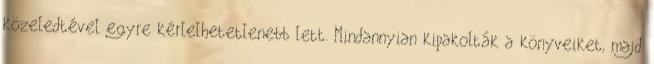
közeledtével egyre kérlelhetetlenebb lett. Mindannyian kipakolták a könyveiket, majd